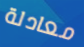
معادلة